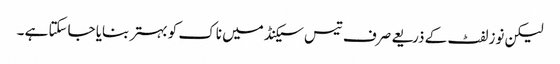
لیکن نوز لفٹ کے ذریعے صرف تیس سیکنڈ میں ناک کو بہتر بنایا جاسکتا ہے ۔